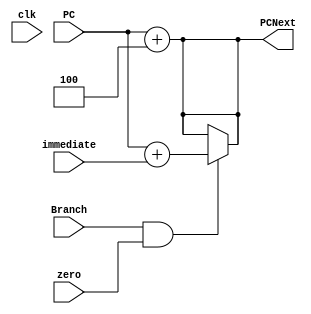
module PC(
	input clk, input [31:0] PC, input [31:0] immediate, input Branch, input zero, output [31:0] PCNext);

		assign PCNext = PC + 32'd4;
		assign PCNext = (Branch && zero) ? PC + immediate : PC + 32'd4;

endmodule